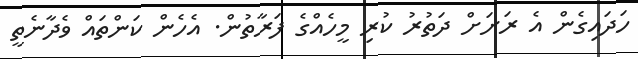
ހަދައިގެން އެ ރަށަށް ދަތުރު ކުރި މީހެއްގެ ފަރާތުން. އެހެން ކަންތައް ވެދާނެތީ